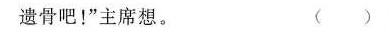
遗骨吧！”主席想。 ( )